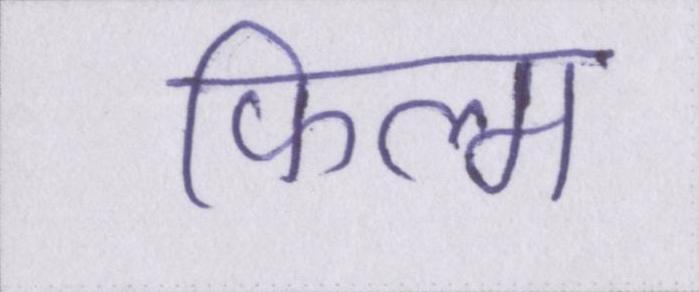
फिल्म